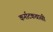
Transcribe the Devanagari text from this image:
कर्नाटकवासी